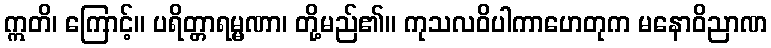
ဣတိ၊ ကြောင့်။ ပရိတ္တာရမ္မဏာ၊ တို့မည်၏။ ကုသလဝိပါကာဟေတုက မနောဝိညာဏ